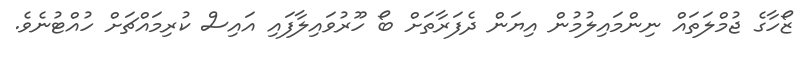
ޒޯހާގެ ޖުމްލަތައް ނިންމައިލުމުން އިޔަން ދެފަރާތަށް ބޯ ހޫރުވައިލާފައި އައިސް ކުރިމައްޗަށް ހުއްޓުނެވެ.